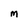
Character: M